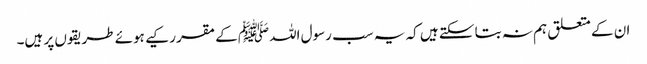
ان کے متعلق ہم نہ بتا سکتے ہیں کہ یہ سب رسول اللہﷺ کے مقرر کیے ہوئے طریقوں پر ہیں۔